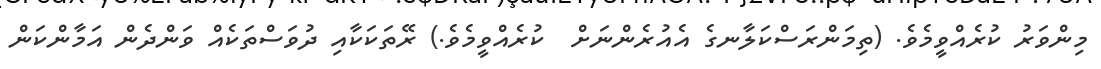
މިންވަރު ކުރެއްވީމެވެ. (ތިމަންރަސްކަލާނގެ އެއުރެންނަށް  ކުރެއްވީމެވެ.) ރޭތަކަކާއި ދުވަސްތަކެއް ވަންދެން އަމާންކަން